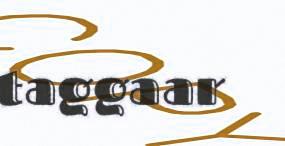
taggaar